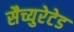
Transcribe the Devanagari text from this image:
सैच्युरेटेड